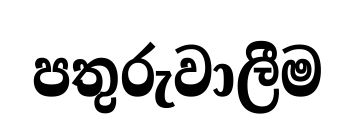
පතුරුවාලීම